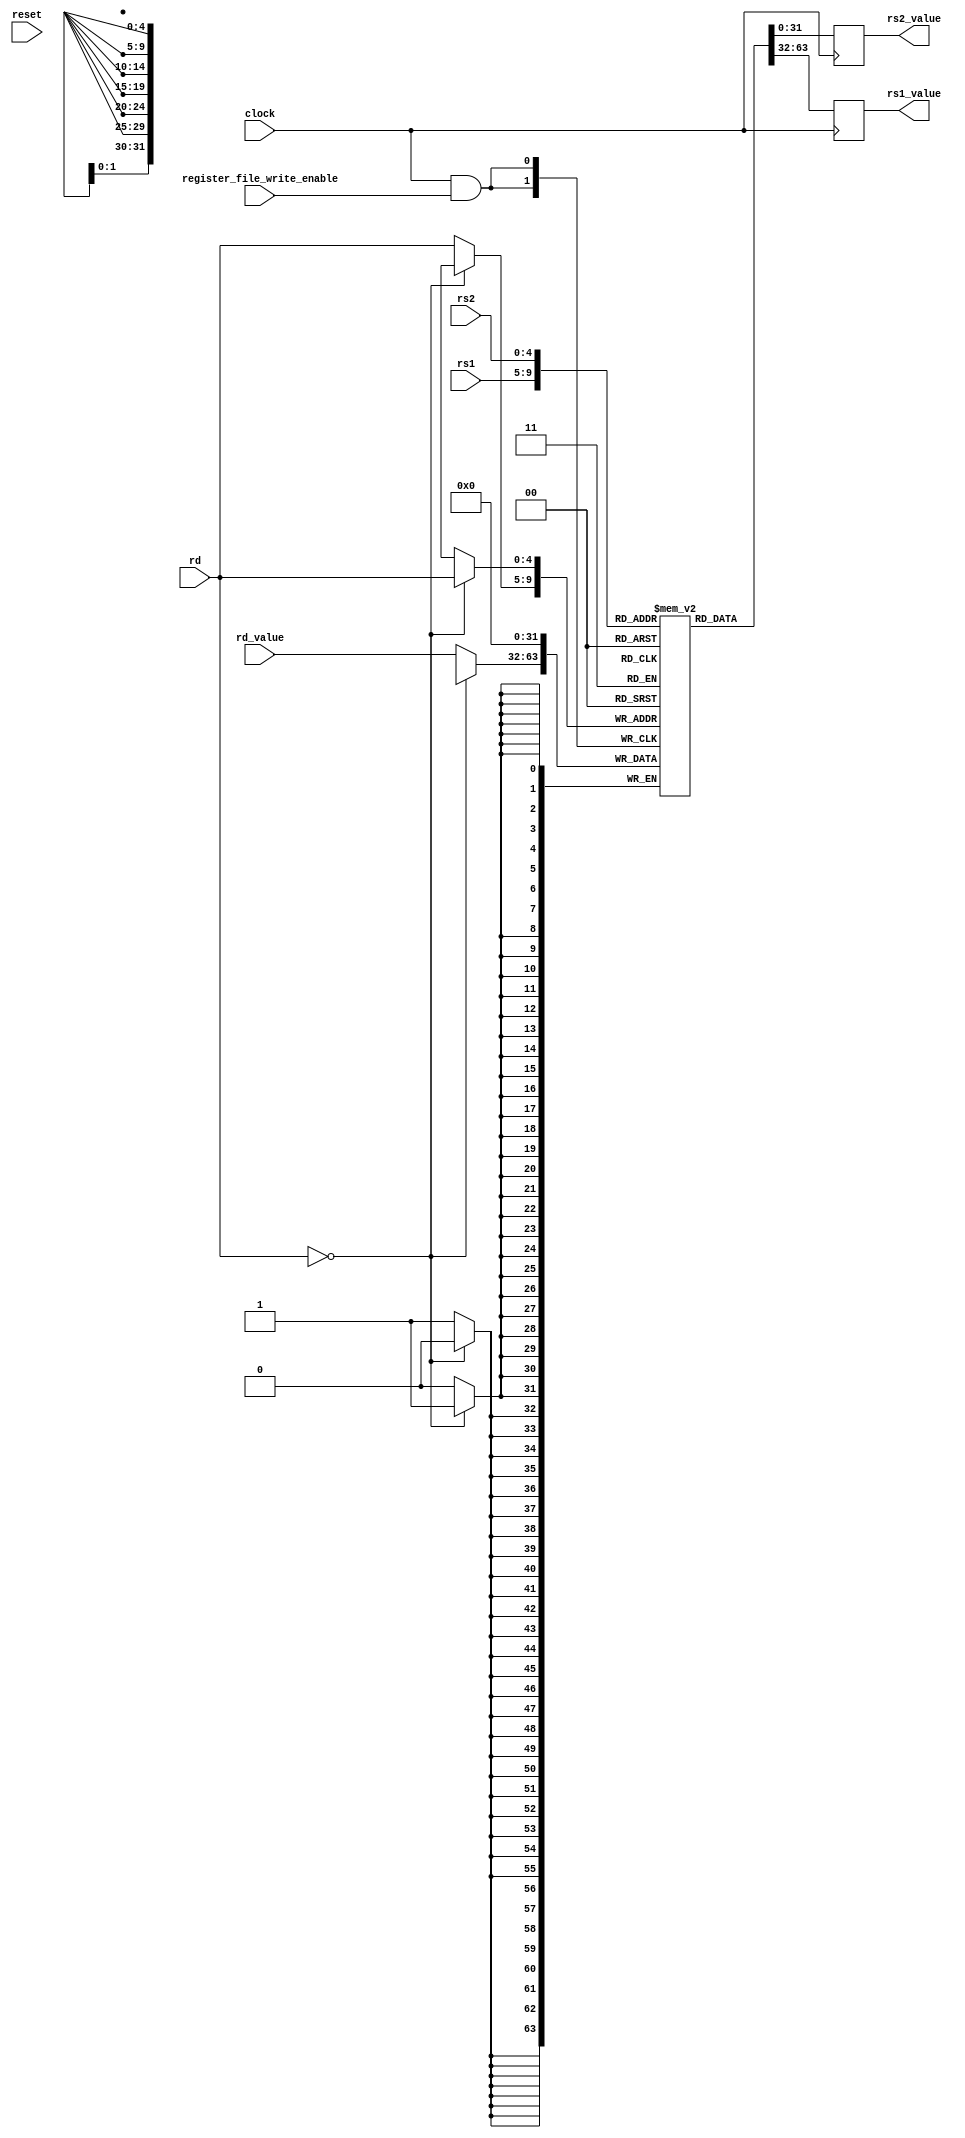
`define HIGH_IMPEDANCE 32'bz
`define ZERO 32'b0
`define ONE  32'b1

module register_file(
	input             clock,
	input             reset,
	input             register_file_write_enable,
	input      [4:0]  rs1,
	input      [4:0]  rs2,
	input      [4:0]  rd,
	input      [31:0] rd_value,
	output reg [31:0] rs1_value,
	output reg [31:0] rs2_value);

   // register zero here can be written to any value but when read the zero this
   // value is just ignored
	reg    [31:0] registers[0:31];

   // define a register stuck at zero apart from the others
   //reg    register_zero [0:31] = `ZERO;

	always@(posedge clock & register_file_write_enable) begin
      if (rd == 0)
         registers[rd] <= `ZERO;
      else
			registers[rd] <= rd_value;
	end

   always @(posedge clock) begin
      rs1_value <=  registers[rs1] ;
   end

   always @(posedge clock) begin
      rs2_value <= registers[rs2];
   end

endmodule